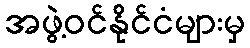
အဖွဲ့ဝင်နိုင်ငံများမှ